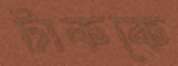
টাককে